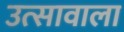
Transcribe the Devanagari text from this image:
उत्सावाला